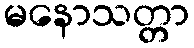
မနောသတ္တာ